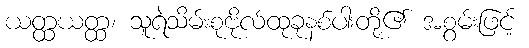
ယတ္ထယတ္ထ၊ သူရဲသိမ်းစုဗိုလ်ထုခုနစ်ပါးတို့၏ အစွမ်းဖြင့်